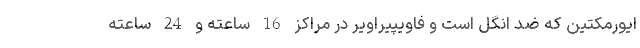
ایورمکتین که ضد انگل است و فاویپیراویر در مراکز 16 ساعته و 24 ساعته